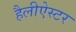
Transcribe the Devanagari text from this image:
हैलीऐस्टर